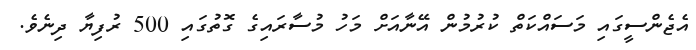
އެޖެންސީގައި މަސައްކަތް ކުރުމުން އޭނާއަށް މަހު މުސާރައިގެ ގޮތުގައި 500 ރުފިޔާ ދިނެވެ.